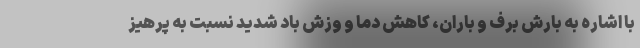
با اشاره به بارش برف و باران، کاهش دما و وزش باد شدید نسبت به پرهیز